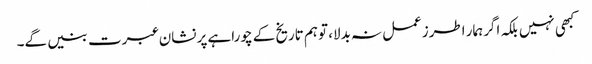
کبھی نہیں بلکہ اگرہمار اطرزعمل نہ بدلا، توہم تاریخ کے چوراہے پر نشان عبرت بنیں گے۔